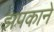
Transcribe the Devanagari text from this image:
झपकाने